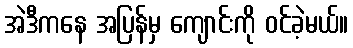
အဲဒီကနေ အပြန်မှ ကျောင်းကို ဝင်ခဲ့မယ်။